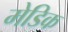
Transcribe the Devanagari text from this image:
मेडिक